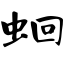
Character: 蛔